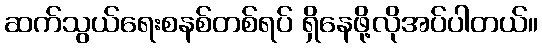
ဆက်သွယ်ရေးစနစ်တစ်ရပ် ရှိနေဖို့လိုအပ်ပါတယ်။